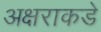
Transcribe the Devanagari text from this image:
अक्षराकडे